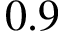
0 . 9